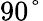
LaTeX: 90°